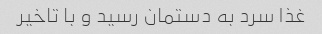
غذا سرد به دستمان رسید و با تاخیر